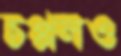
চপ্পলও